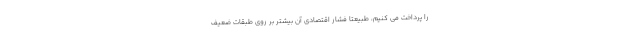
را پرداخت می کنیم، طبیعتاً فشار اقتصادی آن بیشتر بر روی طبقات ضعیف